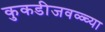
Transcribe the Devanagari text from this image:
कुकडीजवळ्च्या